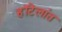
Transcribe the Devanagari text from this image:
हॉटेलांत